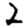
Digit: 2